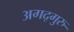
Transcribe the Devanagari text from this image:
अगद्गुरु